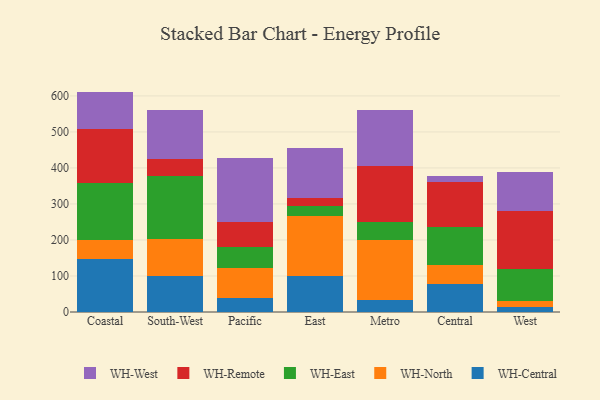
{"axis": {"x": "Region", "y": "LTV (USD)"}, "legend": ["WH-Central", "WH-East", "WH-North", "WH-Remote", "WH-West"], "data": [{"x": "Coastal", "y": 147.1, "type": "WH-Central"}, {"x": "Coastal", "y": 54.0, "type": "WH-North"}, {"x": "Coastal", "y": 156.4, "type": "WH-East"}, {"x": "Coastal", "y": 150.9, "type": "WH-Remote"}, {"x": "Coastal", "y": 103.6, "type": "WH-West"}, {"x": "South-West", "y": 100.2, "type": "WH-Central"}, {"x": "South-West", "y": 102.3, "type": "WH-North"}, {"x": "South-West", "y": 173.8, "type": "WH-East"}, {"x": "South-West", "y": 49.5, "type": "WH-Remote"}, {"x": "South-West", "y": 134.7, "type": "WH-West"}, {"x": "Pacific", "y": 38.4, "type": "WH-Central"}, {"x": "Pacific", "y": 84.3, "type": "WH-North"}, {"x": "Pacific", "y": 59.0, "type": "WH-East"}, {"x": "Pacific", "y": 67.2, "type": "WH-Remote"}, {"x": "Pacific", "y": 179.3, "type": "WH-West"}, {"x": "East", "y": 100.9, "type": "WH-Central"}, {"x": "East", "y": 164.5, "type": "WH-North"}, {"x": "East", "y": 29.6, "type": "WH-East"}, {"x": "East", "y": 21.5, "type": "WH-Remote"}, {"x": "East", "y": 139.6, "type": "WH-West"}, {"x": "Metro", "y": 34.0, "type": "WH-Central"}, {"x": "Metro", "y": 164.6, "type": "WH-North"}, {"x": "Metro", "y": 50.7, "type": "WH-East"}, {"x": "Metro", "y": 155.1, "type": "WH-Remote"}, {"x": "Metro", "y": 156.7, "type": "WH-West"}, {"x": "Central", "y": 77.3, "type": "WH-Central"}, {"x": "Central", "y": 53.9, "type": "WH-North"}, {"x": "Central", "y": 105.2, "type": "WH-East"}, {"x": "Central", "y": 124.2, "type": "WH-Remote"}, {"x": "Central", "y": 17.6, "type": "WH-West"}, {"x": "West", "y": 15.1, "type": "WH-Central"}, {"x": "West", "y": 16.1, "type": "WH-North"}, {"x": "West", "y": 87.7, "type": "WH-East"}, {"x": "West", "y": 162.7, "type": "WH-Remote"}, {"x": "West", "y": 107.1, "type": "WH-West"}]}